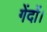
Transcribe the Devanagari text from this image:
गेंदों।